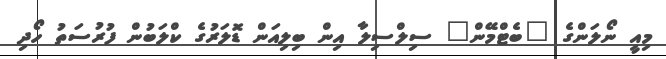
މިއީ ނޯލަންގެ "ބެޓްމޭން" ސިލްސިލާ އިން ބިލިއަން ޑޮލަރުގެ ކްލަބުން ފުރުސަތު ހޯދި